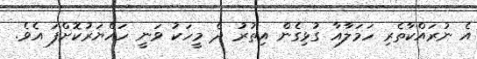
އެ ނުރައްކާތެރި ހަމަލާއާ ގުޅިގެން އިތުރު ދެ މީހަކު ވަނީ ހައްޔަރުކޮށްފަ އެވެ.